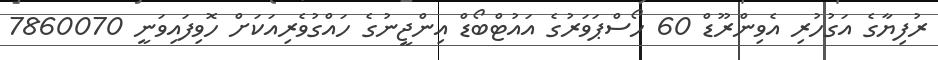
ރުފިޔާގެ އަގުހުރި އެވިންރޫޑް 60 ހޯސްޕަވަރުގެ އައުޓްބޯޑް އިންޖީނުގެ ހައްގުވެރިއަކަށް ހޮވިފައިވަނީ 7860070